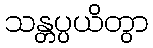
သန္တပ္ပယိတွာ